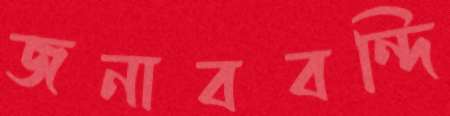
জনাববন্দি